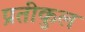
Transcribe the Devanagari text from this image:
प्रतीकुल